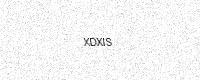
Text: XDXIS